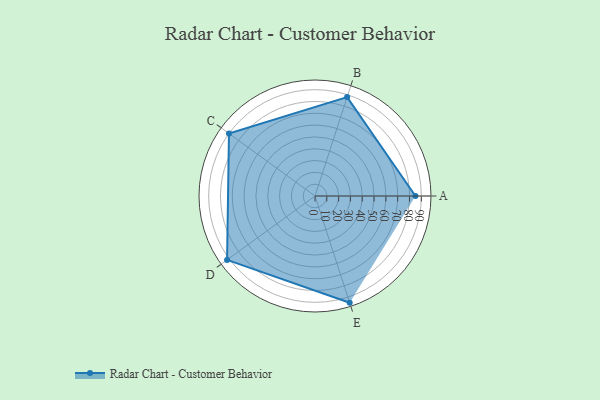
{"axis": {"x": "Skill", "y": "Score"}, "legend": ["Profile"], "data": [{"x": "A", "y": 85.0, "type": "Profile"}, {"x": "B", "y": 88.0, "type": "Profile"}, {"x": "C", "y": 90.0, "type": "Profile"}, {"x": "D", "y": 92.0, "type": "Profile"}, {"x": "E", "y": 95.0, "type": "Profile"}]}